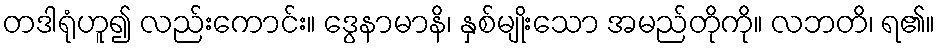
တဒါရုံဟူ၍ လည်းကောင်း။ ဒွေနာမာနိ၊ နှစ်မျိုးသော အမည်တိုကို။ လဘတိ၊ ရ၏။